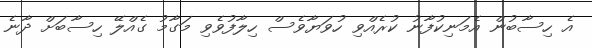
އެ ހިސާބުން އެމަނިކުފާނު ކުރެއްވި ހުވަޔާވެސް ހިލާފުވެވި މަގާމު ގެއްލޭ ހިސާބަށް ދާނެ